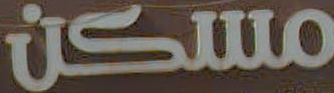
مسكن